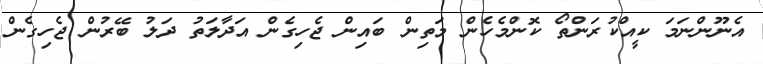
އެނޫންނަމަ ކީއްކުރަންތޯ ކޮންމެހެން މަތިން ބައިން ޖެހިގެން އަދާލަތު ދަލު ބޭރުން ޖެހިގެން